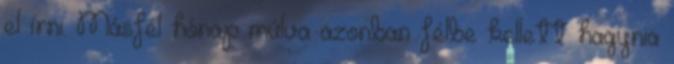
el írni. Másfél hónap múlva azonban félbe kellett hagynia